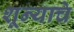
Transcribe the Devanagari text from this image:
शून्याचे